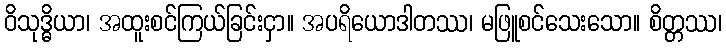
ဝိသုဒ္ဓိယာ၊ အထူးစင်ကြယ်ခြင်းငှာ။ အပရိယောဒါတဿ၊ မဖြူစင်သေးသော။ စိတ္တဿ၊